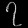
Digit: ၇